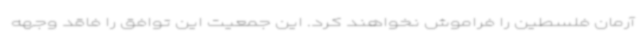
آرمان فلسطین را فراموش نخواهند کرد. این جمعیت این توافق را فاقد وجهه